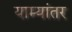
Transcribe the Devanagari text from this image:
याम्यांतर